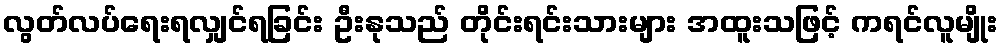
လွတ်လပ်ရေးရလျှင်ရခြင်း ဦးနုသည် တိုင်းရင်းသားများ အထူးသဖြင့် ကရင်လူမျိုး